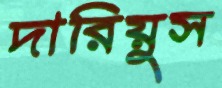
দারিয়ুস